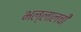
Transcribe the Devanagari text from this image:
भल्लालची